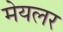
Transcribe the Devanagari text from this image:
मेयलर